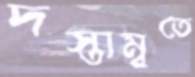
দস্তাম্বুতে